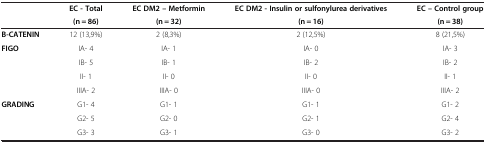
<table><thead><tr><td>[EMPTY_CELL]</td><td><b>EC - Total</b></td><td><b>EC DM2 – Metformin</b></td><td><b>EC DM2 - Insulin or sulfonylurea derivatives</b></td><td><b>EC – Control group</b></td></tr><tr><td>[EMPTY_CELL]</td><td><b>(n = 86)</b></td><td><b>(n = 32)</b></td><td><b>(n = 16)</b></td><td><b>(n = 38)</b></td></tr></thead><tbody><tr><td><b>B-CATENIN</b></td><td>12 (13,9%)</td><td>2 (8,3%)</td><td>2 (12,5%)</td><td>8 (21,5%)</td></tr><tr><td rowspan="4"><b>FIGO</b></td><td>IA- 4</td><td>IA- 1</td><td>IA- 0</td><td>IA- 3</td></tr><tr><td>IB- 5</td><td>IB- 1</td><td>IB- 2</td><td>IB- 2</td></tr><tr><td>II- 1</td><td>II- 0</td><td>II- 0</td><td>II- 1</td></tr><tr><td>IIIA- 2</td><td>IIIA- 0</td><td>IIIA- 0</td><td>IIIA- 2</td></tr><tr><td rowspan="3"><b>GRADING</b></td><td>G1- 4</td><td>G1- 1</td><td>G1- 1</td><td>G1- 2</td></tr><tr><td>G2- 5</td><td>G2- 0</td><td>G2- 1</td><td>G2- 4</td></tr><tr><td>G3- 3</td><td>G3- 1</td><td>G3- 0</td><td>G3- 2</td></tr></tbody></table>